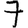
Digit: 7